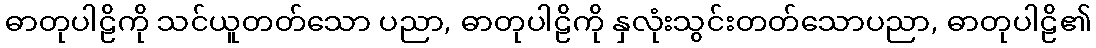
ဓာတုပါဠိကို သင်ယူတတ်သော ပညာ, ဓာတုပါဠိကို နှလုံးသွင်းတတ်သောပညာ, ဓာတုပါဠိ၏